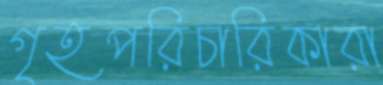
গৃহপরিচারিকারা